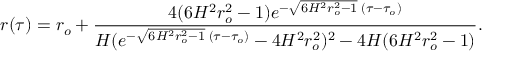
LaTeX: r ( \tau ) = r _ { o } + \frac { 4 ( 6 H ^ { 2 } r _ { o } ^ { 2 } - 1 ) e ^ { - \sqrt { 6 H ^ { 2 } r _ { o } ^ { 2 } - 1 } \; ( \tau - \tau _ { o } ) } } { H ( e ^ { - \sqrt { 6 H ^ { 2 } r _ { o } ^ { 2 } - 1 } \; ( \tau - \tau _ { o } ) } - 4 H ^ { 2 } r _ { o } ^ { 2 } ) ^ { 2 } - 4 H ( 6 H ^ { 2 } r _ { o } ^ { 2 } - 1 ) } .